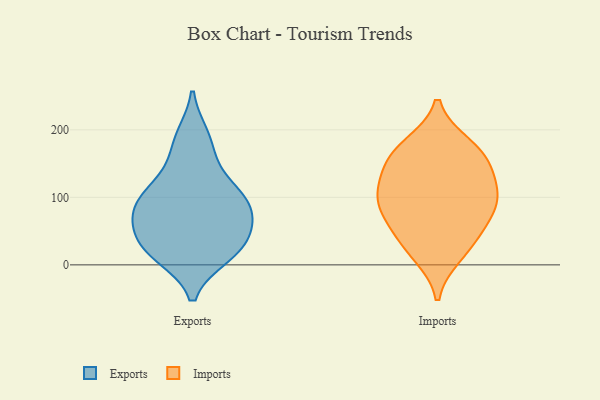
{"axis": {"x": "Net Income (USD K)", "y": "Value"}, "legend": ["Exports", "Imports"], "data": [{"x": "", "y": 18, "type": "Exports"}, {"x": "", "y": 178, "type": "Exports"}, {"x": "", "y": 15, "type": "Exports"}, {"x": "", "y": 90, "type": "Exports"}, {"x": "", "y": 88, "type": "Exports"}, {"x": "", "y": 24, "type": "Exports"}, {"x": "", "y": 31, "type": "Exports"}, {"x": "", "y": 76, "type": "Exports"}, {"x": "", "y": 134, "type": "Exports"}, {"x": "", "y": 69, "type": "Exports"}, {"x": "", "y": 189, "type": "Exports"}, {"x": "", "y": 105, "type": "Exports"}, {"x": "", "y": 33, "type": "Exports"}, {"x": "", "y": 64, "type": "Exports"}, {"x": "", "y": 108, "type": "Exports"}, {"x": "", "y": 15, "type": "Imports"}, {"x": "", "y": 155, "type": "Imports"}, {"x": "", "y": 82, "type": "Imports"}, {"x": "", "y": 90, "type": "Imports"}, {"x": "", "y": 73, "type": "Imports"}, {"x": "", "y": 105, "type": "Imports"}, {"x": "", "y": 123, "type": "Imports"}, {"x": "", "y": 171, "type": "Imports"}, {"x": "", "y": 111, "type": "Imports"}, {"x": "", "y": 29, "type": "Imports"}, {"x": "", "y": 48, "type": "Imports"}, {"x": "", "y": 153, "type": "Imports"}, {"x": "", "y": 177, "type": "Imports"}]}